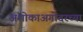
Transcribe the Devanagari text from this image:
अशोकाअगोदरच्या